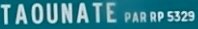
TAOUNATE PAR RP 532